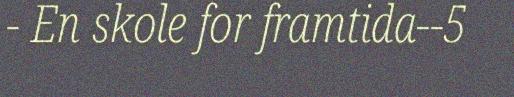
- En skole for framtida--5